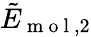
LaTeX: \tilde{E}_{\mathrm{~m~o~l~},2}